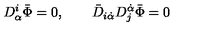
D _ { \alpha } ^ { i } \bar { \Phi } = 0 , \qquad \bar { D } _ { i \dot { \alpha } } D _ { j } ^ { \dot { \alpha } } \bar { \Phi } = 0